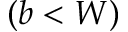
( b < W )